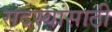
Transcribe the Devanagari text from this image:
सदस्यांसाठी